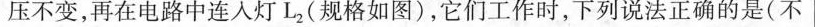
压不变，再在电路中连入灯L_{2}(规格如图)，它们工作时，下列说法正确的是(不